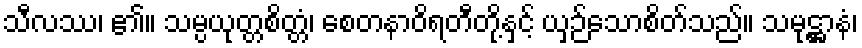
သီလဿ၊ ၏။ သမ္ပယုတ္တစိတ္တံ၊ စေတနာဝိရတီတို့နှင့် ယှဉ်သောစိတ်သည်။ သမုဋ္ဌာနံ၊